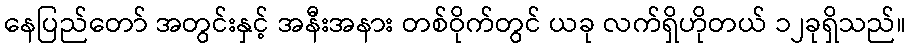
နေပြည်တော် အတွင်းနှင့် အနီးအနား တစ်ဝိုက်တွင် ယခု လက်ရှိဟိုတယ် ၁၂ခုရှိသည်။